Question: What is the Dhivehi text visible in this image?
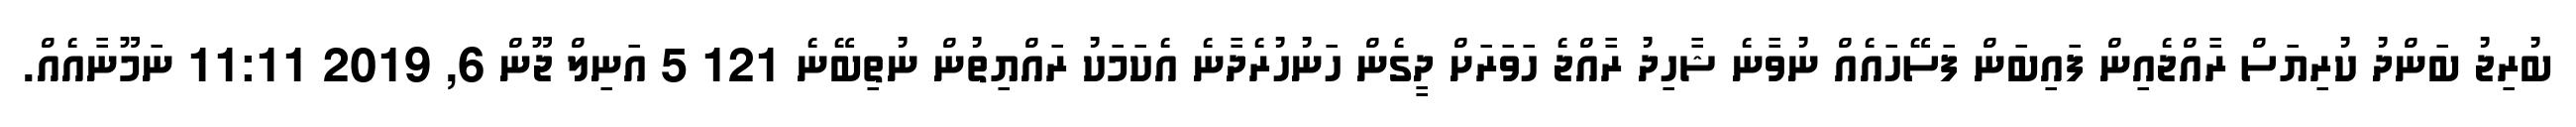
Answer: ބުރިޖު ބަންދު ކުރިޔަސް ރާއްޖެއިން ފައިބަން ފަސޭހައެއް ނުވާނެ ޝާހިދު ރާއްޖެ ހަވަރަށް ދީގެން ހަނުހުރެދާނެ އެކަމަކު ރައްޔިތުން ނުތިބޭނެ 121 5 އަނިލް ޖޫން 6, 2019 11:11 ނަމޫނާއެއް.